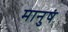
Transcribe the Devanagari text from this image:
मानुषं